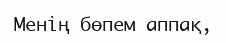
Менiң бөпем аппақ,